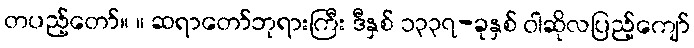
တပည့်တော်။ ။ ဆရာတော်ဘုရားကြီး ဒီနှစ် ၁၃၃၇-ခုနှစ် ဝါဆိုလပြည့်ကျော်